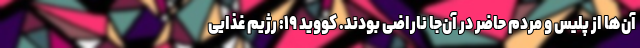
آن‌ها از پلیس و مردم حاضر در آن‌جا ناراضی بودند. کووید ۱۹: رژیم غذایی